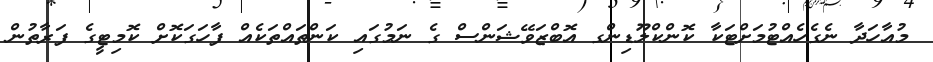
މުއާހަދާ ނެގެހެއްޓުމަށްޓަކާ ކޮންކްލޫޑިންގ އޮބްޒަވޭޝަންސް ގެ ނަމުގައި ކަންތައްތަކެއް ފާހަގަކޮށް ކޮމިޓީގެ ފަރާތުން